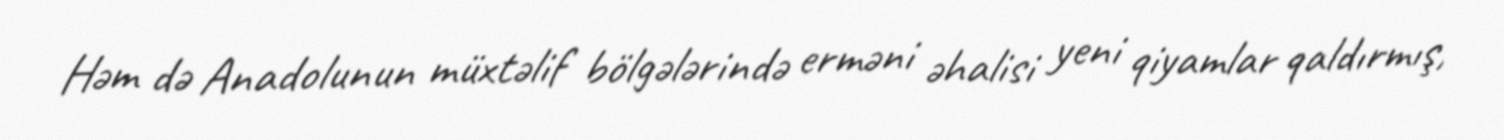
Həm də Anadolunun müxtəlif bölgələrində erməni əhalisi yeni qiyamlar qaldırmış,